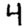
Digit: 4